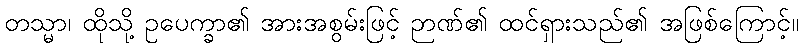
တသ္မာ၊ ထိုသို့ ဥပေက္ခာ၏ အားအစွမ်းဖြင့် ဉာဏ်၏ ထင်ရှားသည်၏ အဖြစ်ကြောင့်။